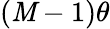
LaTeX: (\mathit{M}-1)\theta